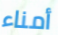
أمناء